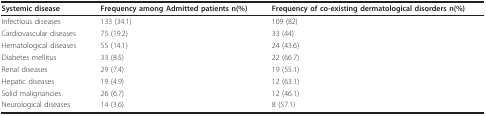
| Systemic disease | Frequency among Admitted patients n(%) | Frequency of co-existing dermatological disorders n(%) |
 | --- | --- | --- |
 | Infectious diseases | 133 (34.1) | 109 (82) |
 | Cardiovascular diseases | 75 (19.2) | 33 (44) |
 | Hematological diseases | 55 (14.1) | 24 (43.6) |
 | Diabetes mellitus | 33 (8.5) | 22 (66.7) |
 | Renal diseases | 29 (7.4) | 19 (55.1) |
 | Hepatic diseases | 19 (4.9) | 12 (63.1) |
 | Solid malignancies | 26 (6.7) | 12 (46.1) |
 | Neurological diseases | 14 (3.6) | 8 (57.1) |